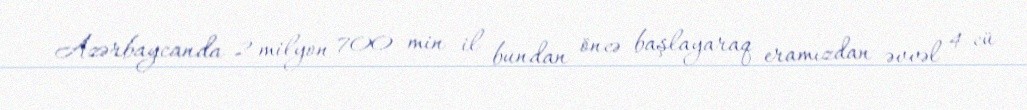
Azərbaycanda 2 milyon 700 min il bundan öncə başlayaraq eramızdan əvvəl 4-cü